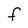
Character: F